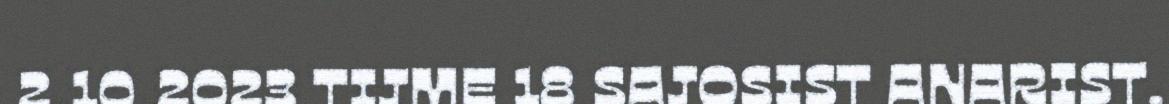
2.10.2023 TIJME 18 SAJOSIST ANARIST.